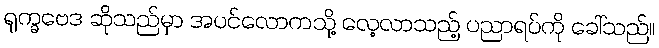
ရုက္ခဗေဒ ဆိုသည်မှာ အပင်လောကသို့ လေ့လာသည့် ပညာရပ်ကို ခေါ်သည်။